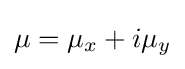
\mu =\mu _{x}+i\mu _{y}